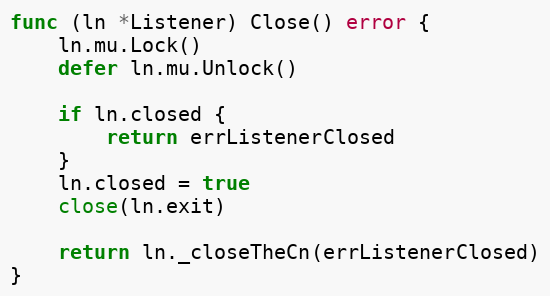
Language: Go
func (ln *Listener) Close() error {
	ln.mu.Lock()
	defer ln.mu.Unlock()

	if ln.closed {
		return errListenerClosed
	}
	ln.closed = true
	close(ln.exit)

	return ln._closeTheCn(errListenerClosed)
}